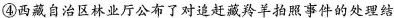
④西藏自治区林业厅公布了对追赶藏羚羊拍照事件的处理结